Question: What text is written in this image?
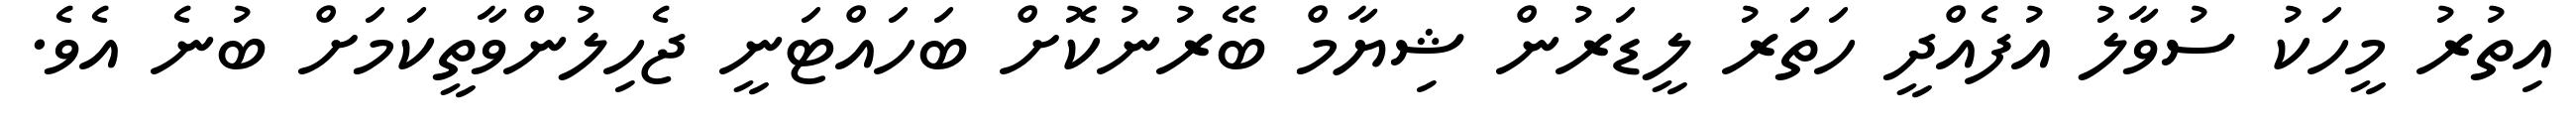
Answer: އިތުރު މީހަކު ސުވާލު އުފެއްދީ ހަތަރު ލީޑަރުން ޝިޔާމް ބޭރުނުކޮށް ބަހައްޓަނީ ޖެހިލުންވާތީކަމަށް ބުނެ އެވެ.